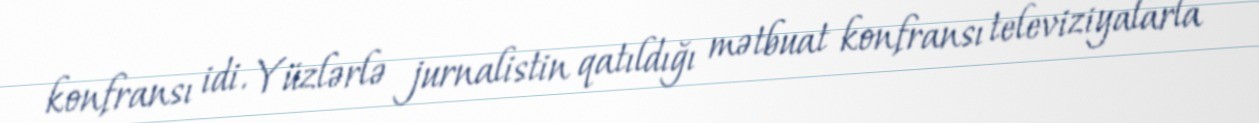
konfransı idi. Yüzlərlə jurnalistin qatıldığı mətbuat konfransı televiziyalarla